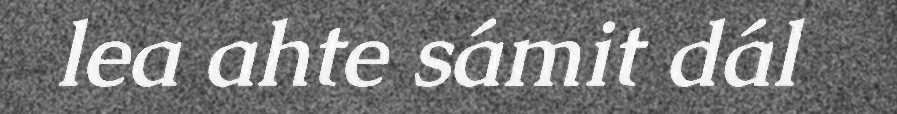
lea ahte sámit dál